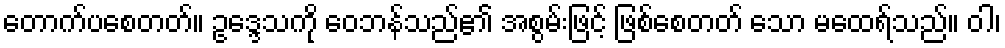
တောက်ပစေတတ်။ ဥဒ္ဒေသကို ဝေဘန်သည်၏ အစွမ်းဖြင့် ဖြစ်စေတတ် သော မထေရ်သည်။ ဝါ၊